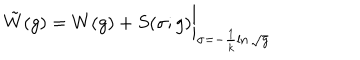
\tilde { W } ( g ) = W ( g ) + S ( \sigma ; g ) \bigg \vert _ { \sigma = - \frac { 1 } { k } \ln \sqrt { g } }